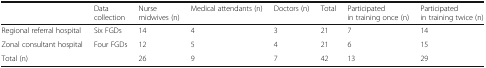
|  | Data collection | Nurse midwives (n) | Medical attendants (n) | Doctors (n) | Total | Participated in training once (n) | Participated in training twice (n) |
 | --- | --- | --- | --- | --- | --- | --- | --- |
 | Regional referral hospital | Six FGDs | 14 | 4 | 3 | 21 | 7 | 14 |
 | Zonal consultant hospital | Four FGDs | 12 | 5 | 4 | 21 | 6 | 15 |
 | Total (n) |  | 26 | 9 | 7 | 42 | 13 | 29 |